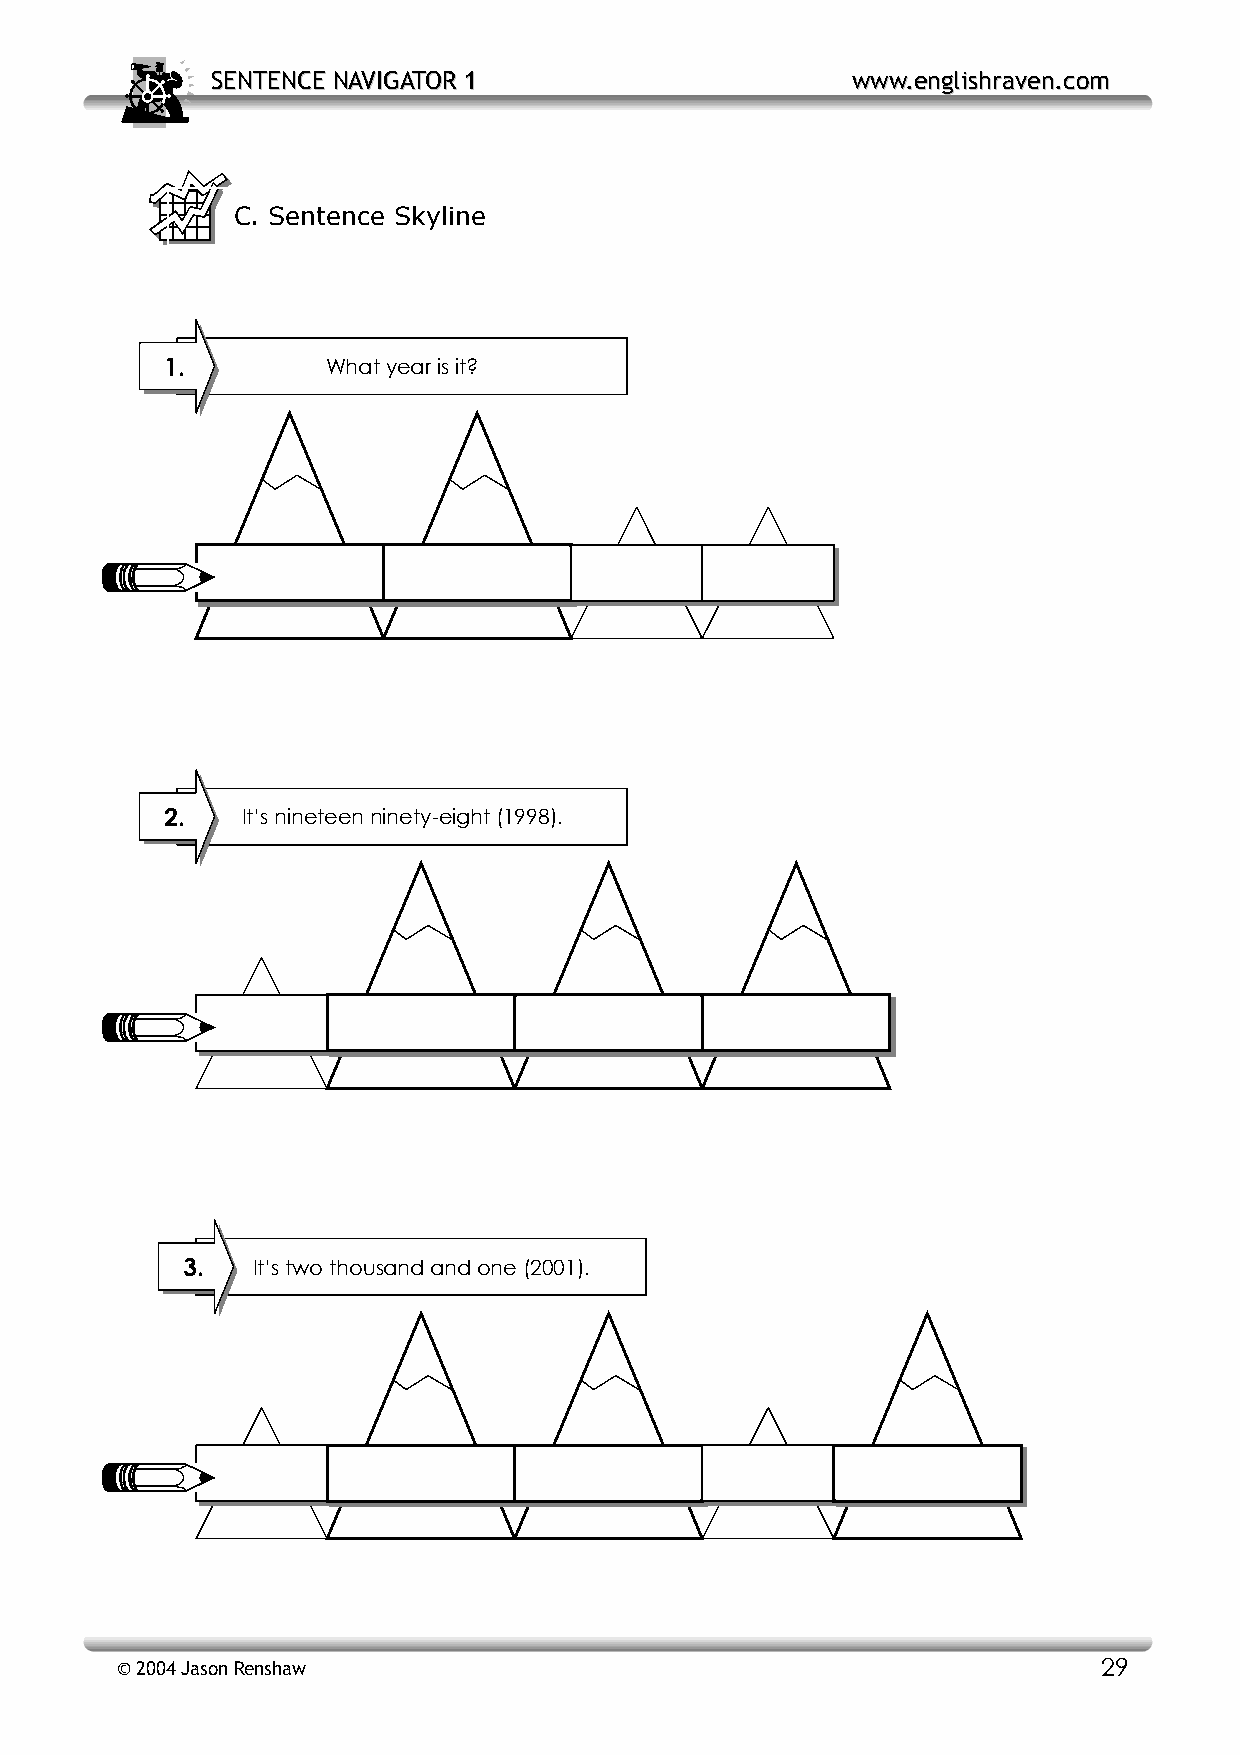
SSEENNTTEENNCCEE NNAAVVIIGGAATTOORR 11    wwwwww..eenngglliisshhrraavveenn..ccoomm
 C. Sentence Skyline
 1.         What year is it?
 2.   It’s nineteen ninety-eight (1998).
 3.   It’s two thousand and one (2001).
 © 2004 Jason Renshaw                                             29